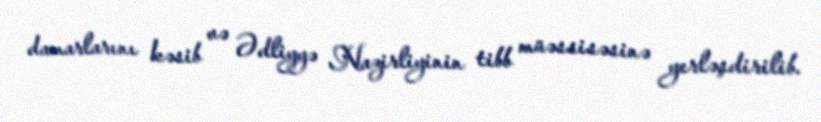
damarlarını kəsib və Ədliyyə Nazirliyinin tibb müəssisəsinə yerləşdirilib.